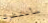
سأنتظرك